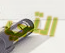
التي